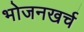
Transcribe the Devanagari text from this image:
भोजनखर्च